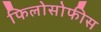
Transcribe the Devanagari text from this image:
फिलोसोफीस